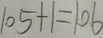
1 0 5 + 1 = 1 0 6